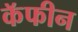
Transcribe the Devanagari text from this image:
कॅफीन